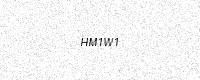
Text: HM1W1